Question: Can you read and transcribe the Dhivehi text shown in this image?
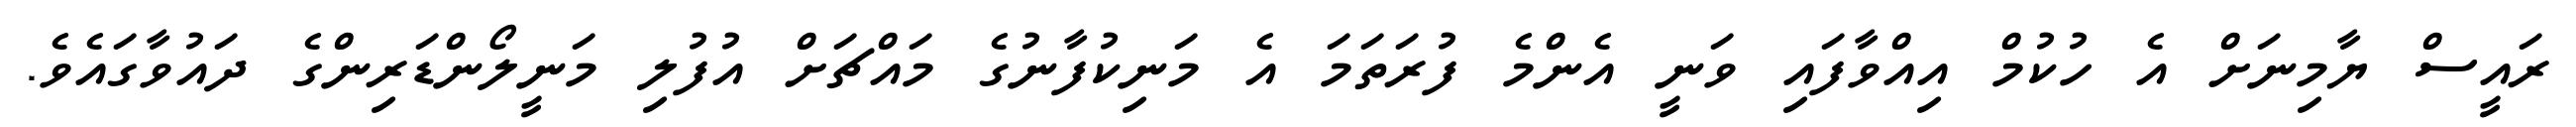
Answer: ރައީސް ޔާމިނަށް އެ ހުކުމް އިއްވާފައި ވަނީ އެންމެ ފުރަތަމަ އެ މަނިކުފާނުގެ މައްޗަށް އުފުލި މަނީލޯންޑަރިންގެ ދައުވާގައެވެ.